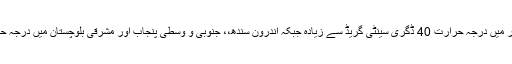
پنجاب کے نیم پہاڑی علاقوں، خیبرپختونخوا اور کشمیر میں درجہ حرارت 40 ڈگری سینٹی گریڈ سے زیادہ جبکہ اندرون سندھ،، جنوبی و وسطی پنجاب اور مشرقی بلوچستان میں درجہ حرارت50 ڈگری سینٹی گریڈ تک بڑھنے کا امکان ہے۔